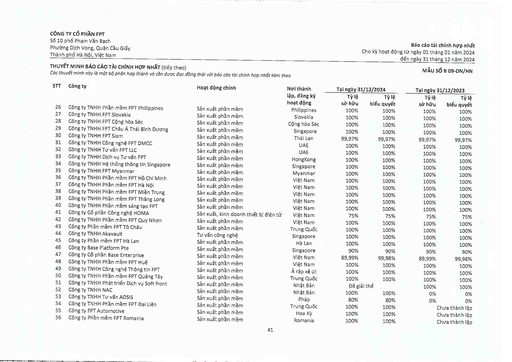
|STT|Công ty|Hoạt động chính|Nơi thành lập, đăng ký hoạt động|Tỷ lệ sở hữu|Tỷ lệ biểu quyết|Tỷ lệ sở hữu|Tỷ lệ biểu quyết| |---|---|---|---|---|---|---|---| |26|Công ty TNHH Phần mềm FPT Philippines|Sản xuất phần mềm|Philippines|100%|100%|100%|100%| |27|Công ty TNHH FPT Slovakia|Sản xuất phần mềm|Slovakia|100%|100%|100%|100%| |28|Công ty TNHH FPT Cộng hòa Séc|Sản xuất phần mềm|Cộng hòa Séc|100%|100%|100%|100%| |29|Công ty TNHH FPT Châu Á Thái Bình Dương|Sản xuất phần mềm|Singapore|100%|100%|100%|100%| |30|Công ty TNHH FPT Siam|Sản xuất phần mềm|Thái Lan|99,97%|99,97%|99,97%|99,97%| |31|Công ty TNHH Công nghệ FPT DMCC|Sản xuất phần mềm|UAE|100%|100%|100%|100%| |32|Công ty TNHH Tư vấn FPT LLC|Sản xuất phần mềm|UAE|100%|100%|100%|100%| |33|Công ty TNHH Dịch vụ Tư vấn FPT|Sản xuất phần mềm|Hồng Kông|100%|100%|100%|100%| |34|Công ty TNHH Hệ thống Thông tin Singapore|Sản xuất phần mềm|Singapore|100%|100%|100%|100%| |35|Công ty TNHH FPT Myanmar|Sản xuất phần mềm|Myanmar|100%|100%|100%|100%| |36|Công ty TNHH Phần mềm FPT Hồ Chí Minh|Sản xuất phần mềm|Việt Nam|100%|100%|100%|100%| |37|Công ty TNHH Phần mềm FPT Hà Nội|Sản xuất phần mềm|Việt Nam|100%|100%|100%|100%| |38|Công ty TNHH Phần mềm FPT Miền Trung|Sản xuất phần mềm|Việt Nam|100%|100%|100%|100%| |39|Công ty TNHH Phần mềm FPT Thăng Long|Sản xuất phần mềm|Việt Nam|100%|100%|100%|100%| |40|Công ty TNHH Phần mềm Sáng tạo FPT|Sản xuất phần mềm|Việt Nam|100%|100%|100%|100%| |41|Công ty Cổ phần Công nghệ HOMA|Sản xuất, kinh doanh thiết bị điện tử|Việt Nam|75%|75%|75%|75%| |42|Công ty TNHH Phần mềm FPT Quy Nhơn|Sản xuất phần mềm|Việt Nam|100%|100%|100%|100%| |43|Công ty Phần mềm FPT Tô Châu|Sản xuất phần mềm|Trung Quốc|100%|100%|100%|100%| |44|Công ty TNHH Akavault|Tư vấn công nghệ|Singapore|100%|100%|100%|100%| |45|Công ty Phần mềm FPT Hà Lan|Sản xuất phần mềm|Hà Lan|100%|100%|100%|100%| |46|Công ty Base Platform Pte|Sản xuất phần mềm|Singapore|90%|90%|90%|90%| |47|Công ty Cổ phần Base Enterprise|Sản xuất phần mềm|Việt Nam|89,99%|99,98%|89,99%|99,98%| |48|Công ty TNHH Phần mềm FPT Huế|Sản xuất phần mềm|Việt Nam|100%|100%|100%|100%| |49|Công ty TNHH Công nghệ Thông tin FPT|Sản xuất phần mềm|Ả Rập Xê Út|100%|100%|100%|100%| |50|Công ty TNHH Phần mềm FPT Quảng Tây|Sản xuất phần mềm|Trung Quốc|100%|100%|100%|100%| |51|Công ty TNHH Phát triển Dịch vụ Soft front|Sản xuất phần mềm|Nhật Bản|Đã giải thể|100%|100%|100%| |52|Công ty TNHH NAC|Sản xuất phần mềm|Nhật Bản|100%|100%|0%|0%| |53|Công ty TNHH Tư vấn AOSIS|Sản xuất phần mềm|Pháp|80%|80%|0%|0%| |54|Công ty TNHH Phần mềm FPT Đại Liên|Sản xuất phần mềm|Trung Quốc|100%|100%||Chưa thành lập| |55|Công ty FPT Automotive|Sản xuất phần mềm|Hoa Kỳ|100%|100%||Chưa thành lập| |56|Công ty Phần mềm FPT Romania|Sản xuất phần mềm|Romania|100%|100%||Chưa thành lập|